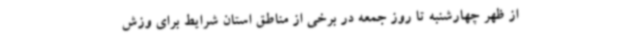
از ظهر چهارشنبه تا روز جمعه در برخی از مناطق استان شرایط برای وزش